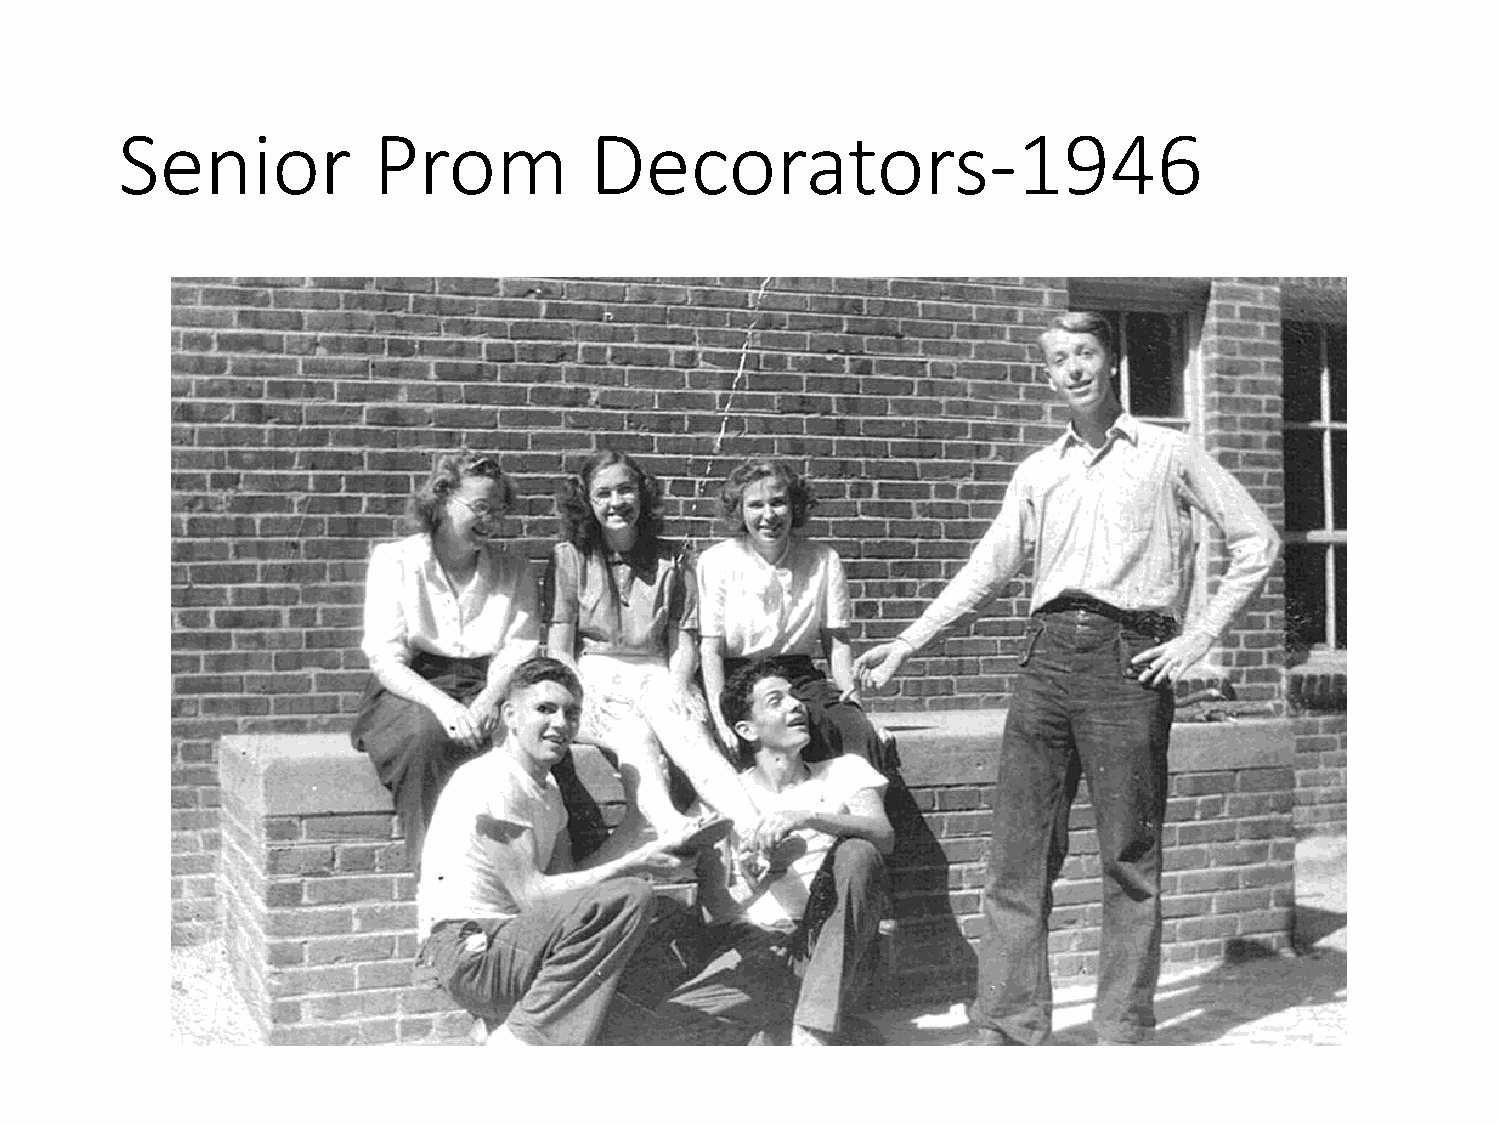
Senior           Prom          Decorators-1946